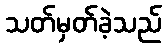
သတ်မှတ်ခဲ့သည်